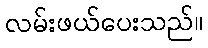
လမ်းဖယ်ပေးသည်။